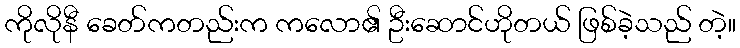
ကိုလိုနီ ခေတ်ကတည်းက ကလော၏ ဦးဆောင်ဟိုတယ် ဖြစ်ခဲ့သည် တဲ့။